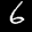
Label: 6